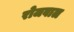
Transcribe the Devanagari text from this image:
रोजवाल